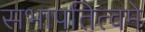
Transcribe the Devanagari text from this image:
सभापतित्वमे